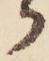
か